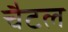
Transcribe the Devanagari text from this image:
चैटल